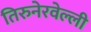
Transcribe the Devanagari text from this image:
तिरुनेरवेल्ली